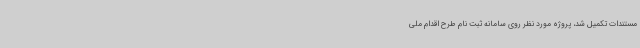
مستندات تکمیل شد، پروژه مورد نظر روی سامانه ثبت نام طرح اقدام ملی